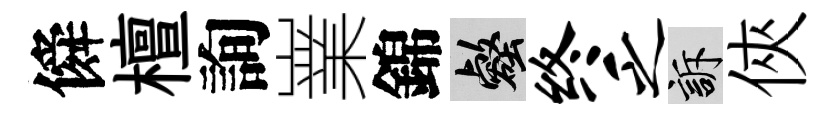
僢檀詢嶪錦壑终乏訴俠